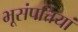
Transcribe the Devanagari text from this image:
भूसंपत्तियां